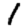
Digit: 1